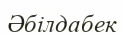
Әбілдабек